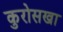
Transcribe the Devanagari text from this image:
कुरोसखा